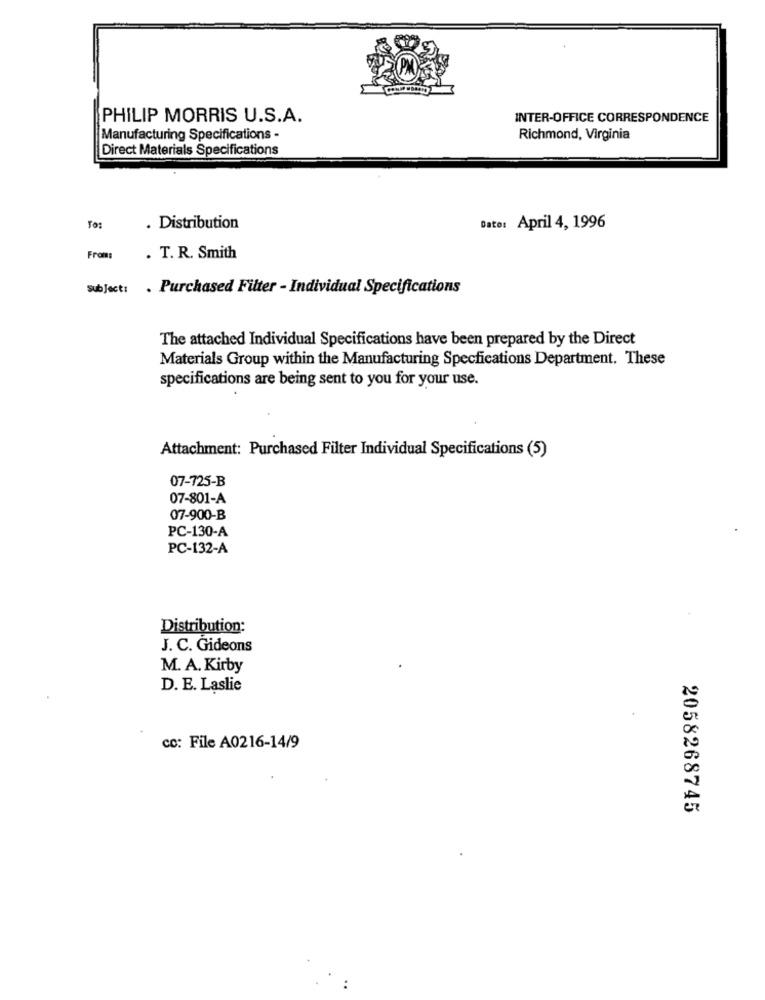
PHILIP MORRIS U.S.A.
INTER-OFFICE CORRESPONDENCE
Manufacturing Specifications -
Richmond, Virginia
Direct Materials Specifications
To:
. Distribution
Dato: April 4, 1996
From:
. T. R. Smith
Subject: . Purchased Filter - Individual Specifications
The attached Individual Specifications have been prepared by the Direct
Materials Group within the Manufacturing Specfications Department. These
specifications are being sent to you for your use.
Attachment: Purchased Filter Individual Specifications (5)
07-725-B
07-801-A
07-900-B
PC-130-A
PC-132-A
Distribution:
J. C. Gideons
M. A. Kirby
D. E. Laslie
cc: File A0216-14/9
2058268745